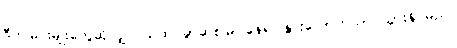
ဒီကမြင်းမျိုးတွေဆိုလျှင် သဲထဲ ခွာဆစ်မြုပ်နေ၍ နွားလောက်သာ သွားနိုင်မည်။